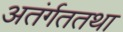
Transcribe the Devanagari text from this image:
अतंर्गततथा